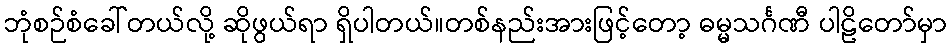
ဘုံစဉ်စံခေါ်တယ်လို့ ဆိုဖွယ်ရာ ရှိပါတယ်။တစ်နည်းအားဖြင့်တော့ ဓမ္မသင်္ဂဏီ ပါဠိတော်မှာ